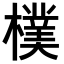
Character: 𣝢